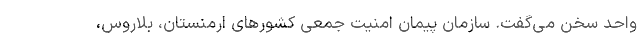
واحد سخن می‌گفت. سازمان پیمان امنیت جمعی کشورهای ارمنستان، بلاروس،